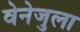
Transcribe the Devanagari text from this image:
वेनेजुला